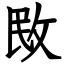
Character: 敃